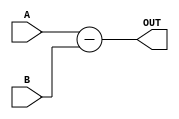
module SUB_AB
#(parameter WIDTH3 = 8)
(A , B , OUT );
    
    input [WIDTH3-1:0] A, B ;
    output [WIDTH3-1:0] OUT ;
    
    assign OUT = A-B ;
endmodule